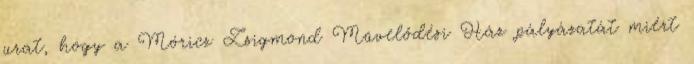
urat, hogy a Móricz Zsigmond Művelődési Ház pályázatát miért